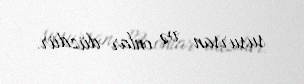
susursan və onlar düzdür.